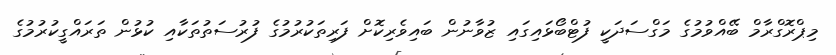
މިޕްރޮގްރާމް ބޭއްވުމުގެ މަގްސަދަކީ ފުޓްބޯޅައިގައި ޒުވާނުން ބައިވެރިކޮށް ފަރިތަކުރުމުގެ ފުރުސަތުތަކާއި ކުޅުން ތަރައްގީކުރުމުގެ